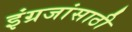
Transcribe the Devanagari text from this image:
इंग्रजांसाठी